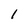
Character: l